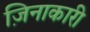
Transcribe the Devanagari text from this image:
ज़िनाकारी